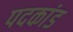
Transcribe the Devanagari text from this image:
पदकांड